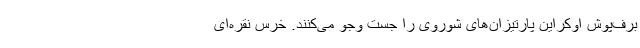
برف‌پوش اوکراین پارتیزان‌های شوروی را جست وجو می‌کنند. خرس نقره‌ای